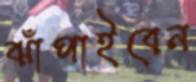
ঝাঁপাইবেন